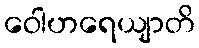
ဝေါဟရေယျာတိ